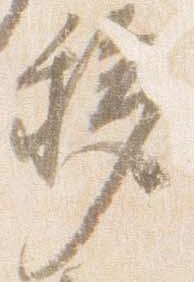
移